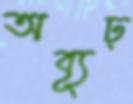
অব্যূঢ়